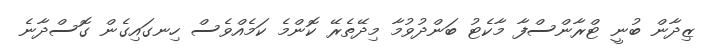
ޒިދާން ބުނީ ޓްރާންސްފާ މާކެޓު ބަންދުވުމާ މިދޭތެރޭ ކޮންމެ ކަމެއްވެސް ހިނގައިގެން ގޮސްދާނެ